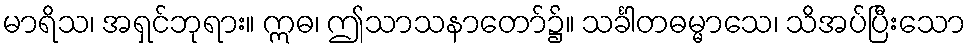
မာရိသ၊ အရှင်ဘုရား။ ဣဓ၊ ဤသာသနာတော်၌။ သင်္ခါတဓမ္မာသေ၊ သိအပ်ပြီးသော